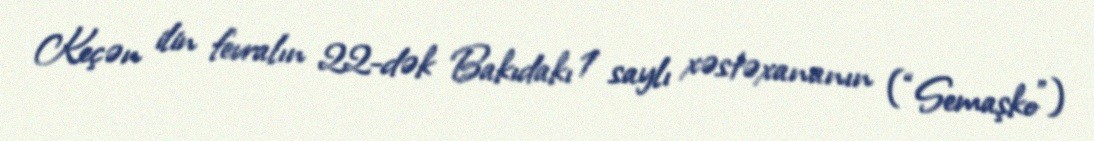
Keçən ilin fevralın 22-dək Bakıdakı 1 saylı xəstəxananın (“Semaşko”)